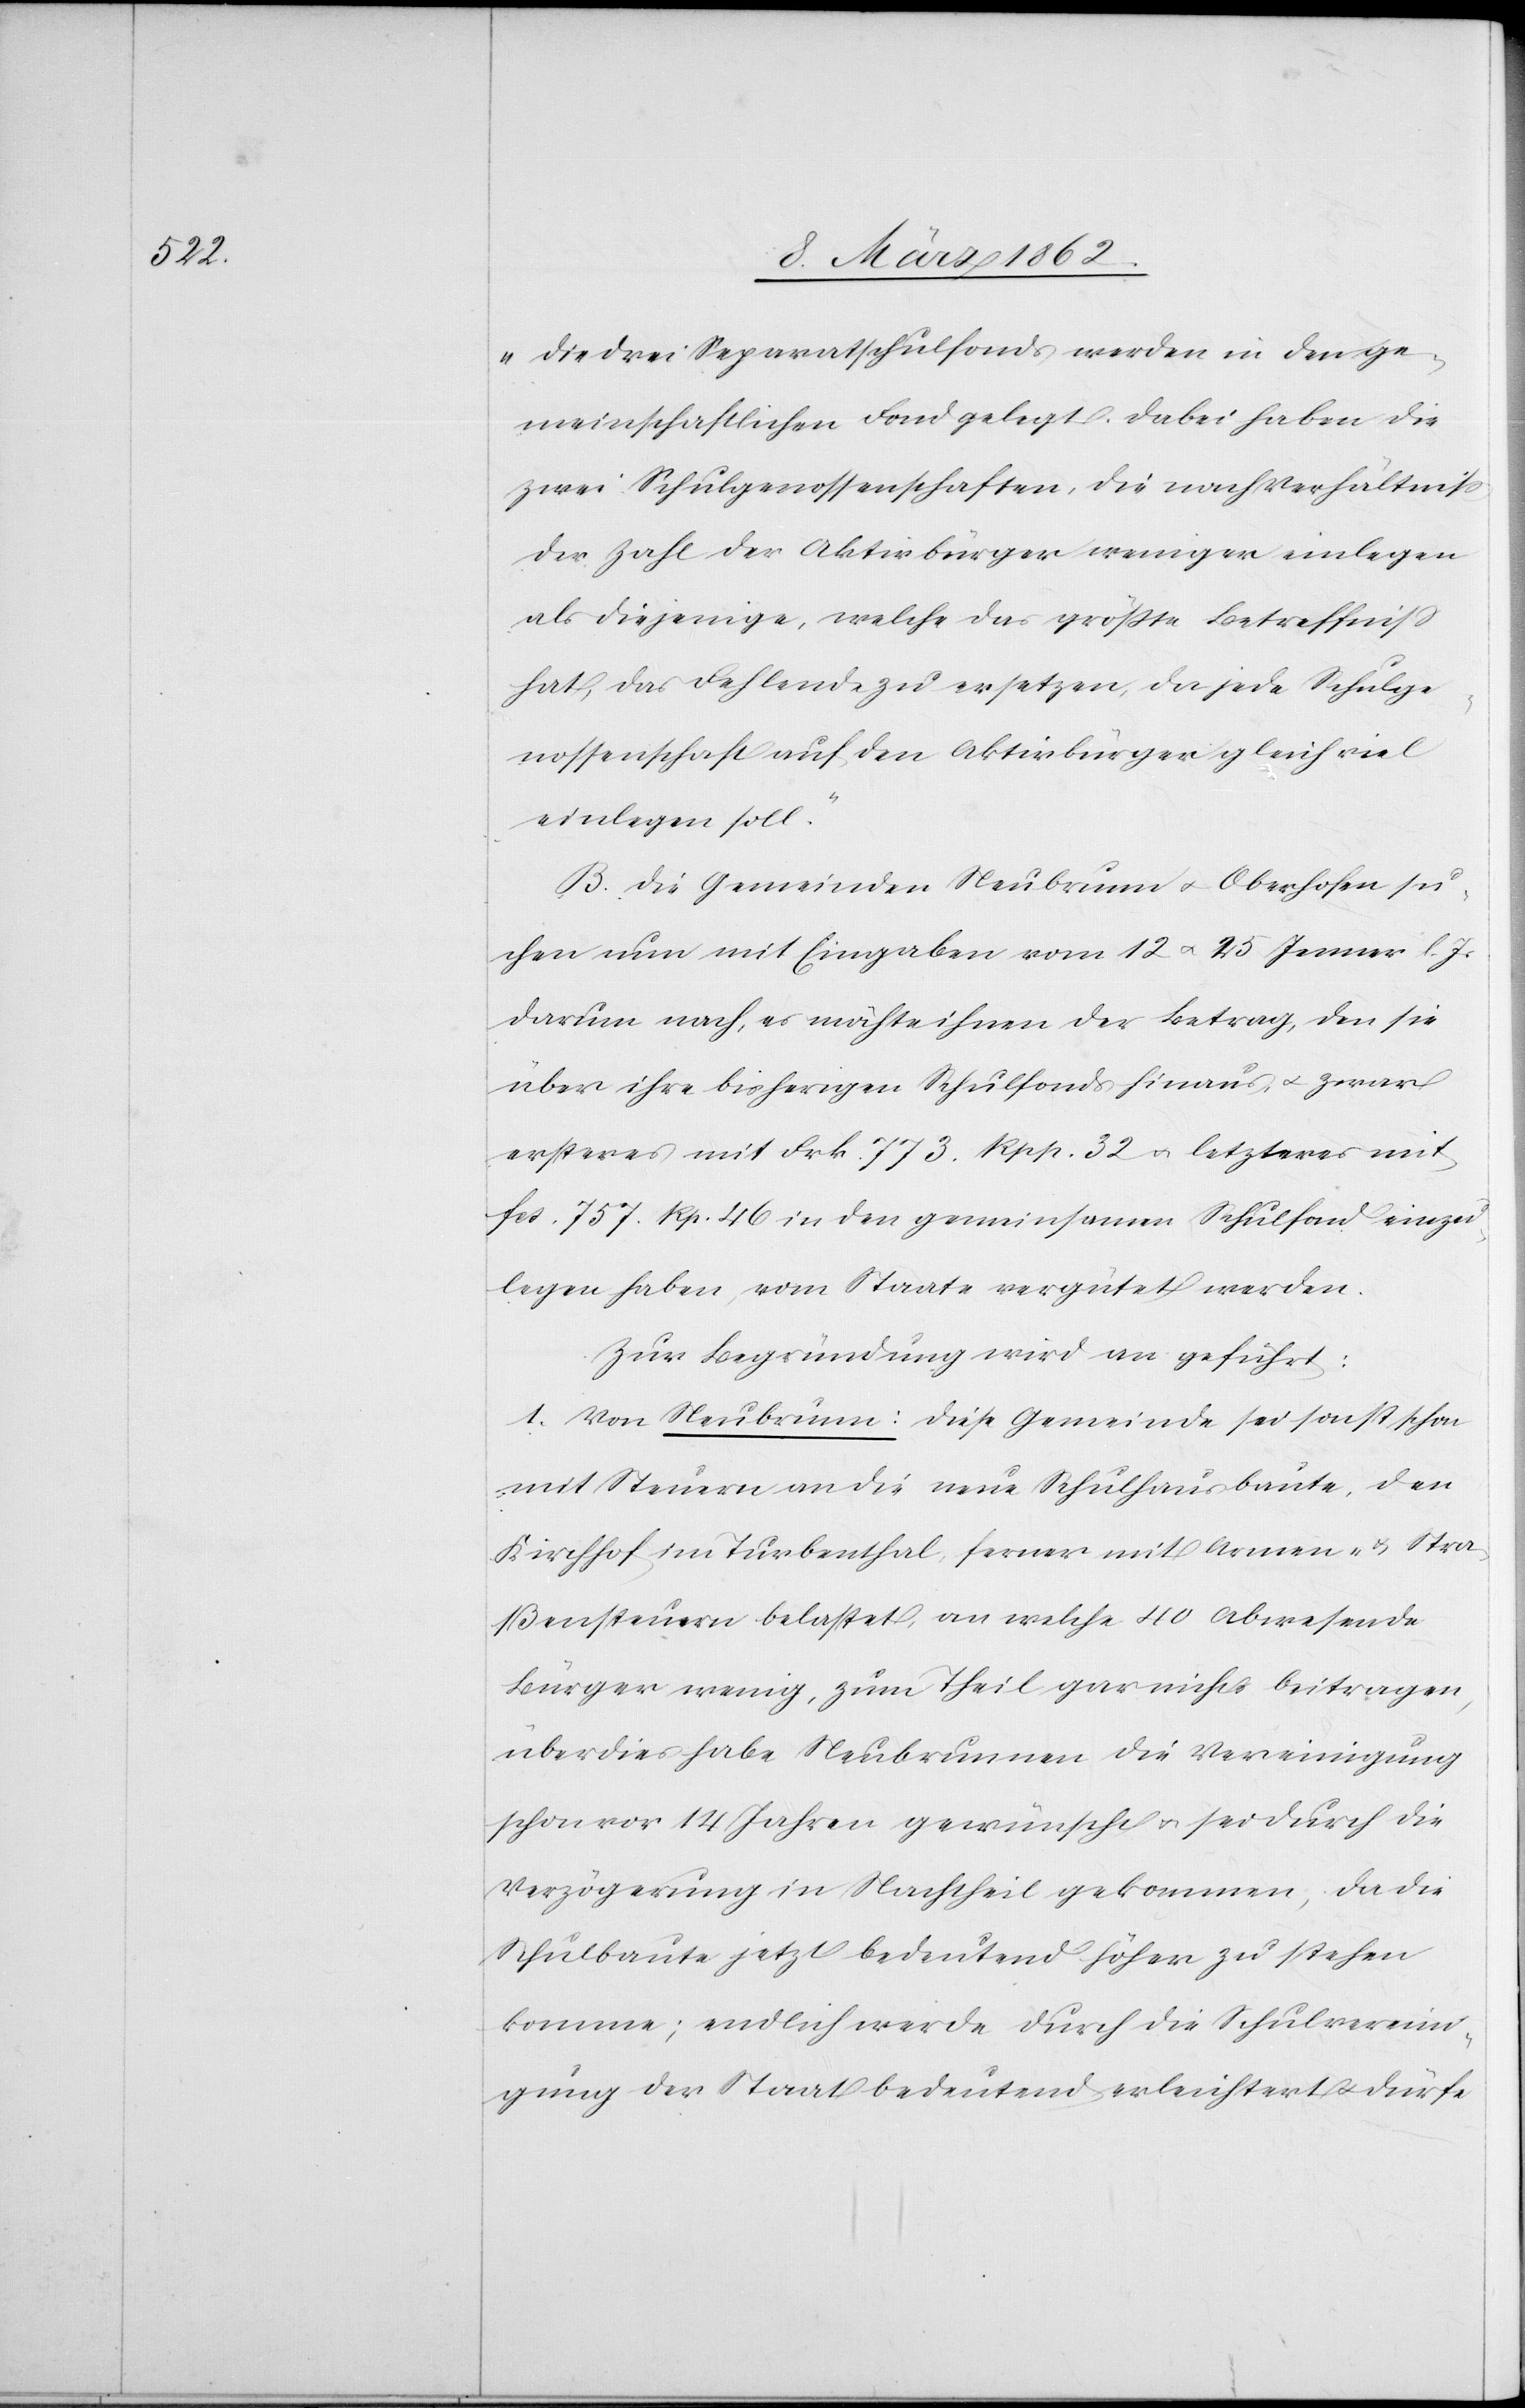
Die drei Separatschulfonds werden in den ge¬
meinschaftlichen Fond gelegt. Dabei haben die
zwei Schulgenossenschaften, die nach Verhältniß
der Zahl der Aktivbürger weniger einlegen,
als diejenige, welche das größte Betreffniß
hat, das Fehlende zu ersetzen, da jede Schulge¬
nossenschaft auf den Aktivbürger gleich viel
einlegen soll.“
B. Die Gemeinden Neubrunn u. Oberhofen su¬
chen nun mit Eingaben vom 12 u. 25 Jenner l. Js.
darum nach, es möchte ihnen der Betrag, den sie
über ihre bisherigen Schulfonds hinaus, u. zwar
ersteres mit Frk. 773. Rpp. 32 u. letzteres mit
fcs. 757. Rp. 46 in den gemeinsamen Schulfond einzu¬
legen haben, vom Staate vergütet werden.
Zur Begründung wird angeführt:
1. Von Neubrunn: Diese Gemeinde sei sonst schon
mit Steuern an die neue Schulhausbaute, den
Kirchhof im Turbenthal, ferner mit Armen- u. Stra¬
ßensteuern belastet, an welche 40 Abwesende
überdies habe Neubrunnen [sic!] die Vereinigung
schon vor 14 Jahren gewünscht u. sei durch die
Verzögerung in Nachtheil gekommen, da die
Schulbaute jetzt bedeutend höher zu stehen
komme; endlich werde durch die Schulvereini¬
gung der Staat bedeutend erleichtert u. dürfe